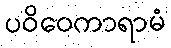
ပဝိဝေကာရာမံ